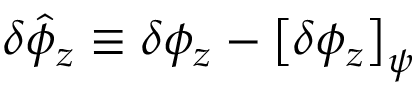
\delta \hat { \phi } _ { z } \equiv \delta \phi _ { z } - \left[ \delta \phi _ { z } \right] _ { \psi }